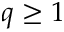
q \geq 1